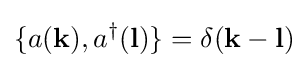
\{a(\mathbf {k} ),a^{\dagger }(\mathbf {l} )\}=\delta (\mathbf {k} -\mathbf {l} )